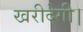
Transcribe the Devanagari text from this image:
खरीदेगी।